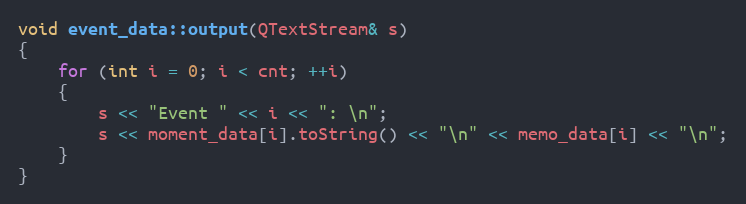
Language: C++
void event_data::output(QTextStream& s)
{
    for (int i = 0; i < cnt; ++i)
    {
        s << "Event " << i << ": \n";
        s << moment_data[i].toString() << "\n" << memo_data[i] << "\n";
    }
}